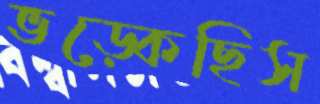
ভড়্‌কেছিস